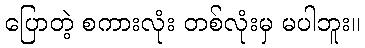
ပြောတဲ့ စကားလုံး တစ်လုံးမှ မပါဘူး။